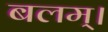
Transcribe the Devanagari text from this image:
बलम्।